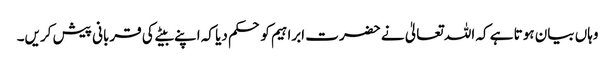
وہاں بیان ہوتا ہے کہ اللہ تعالیٰ نے حضرت ابراہیم کو حکم دیا کہ اپنے بیٹے کی قربانی پیش کریں۔